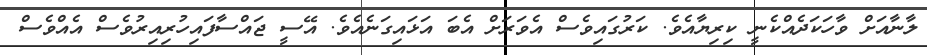
ލާނާއަށް ވާހަކަދެއްކެނީ ކިރިޔާއެވެ. ކަރުގައިވެސް އެވަރަށް އެބަ އަޅައިގަނެއެވެ. އޭސީ ޖައްސާފައިހުރިއިރުވެސް އެއްވެސް